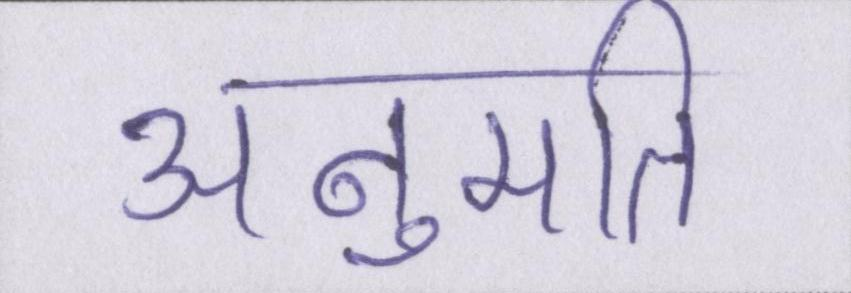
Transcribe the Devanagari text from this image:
अनुमति